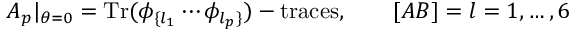
A _ { p } | _ { \theta = 0 } = { \mathrm { T r } } ( \phi _ { \{ l _ { 1 } } \cdots \phi _ { l _ { p } \} } ) - { \mathrm { t r a c e s } } , \qquad [ A B ] = l = 1 , \dots , 6